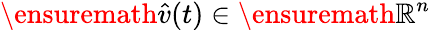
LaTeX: \ensuremath{\hat{v}}(t)\in\ensuremath{\mathbb{R}}^{n}